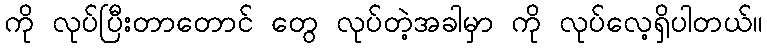
ကို လုပ်ပြီးတာတောင် တွေ လုပ်တဲ့အခါမှာ ကို လုပ်လေ့ရှိပါတယ်။